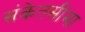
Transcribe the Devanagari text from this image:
संकेतसीमा